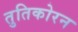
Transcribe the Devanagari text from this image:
तुतिकोरन